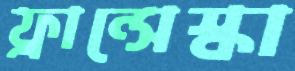
ফ্রান্সেস্কা